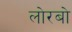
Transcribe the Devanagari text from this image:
लोरबो